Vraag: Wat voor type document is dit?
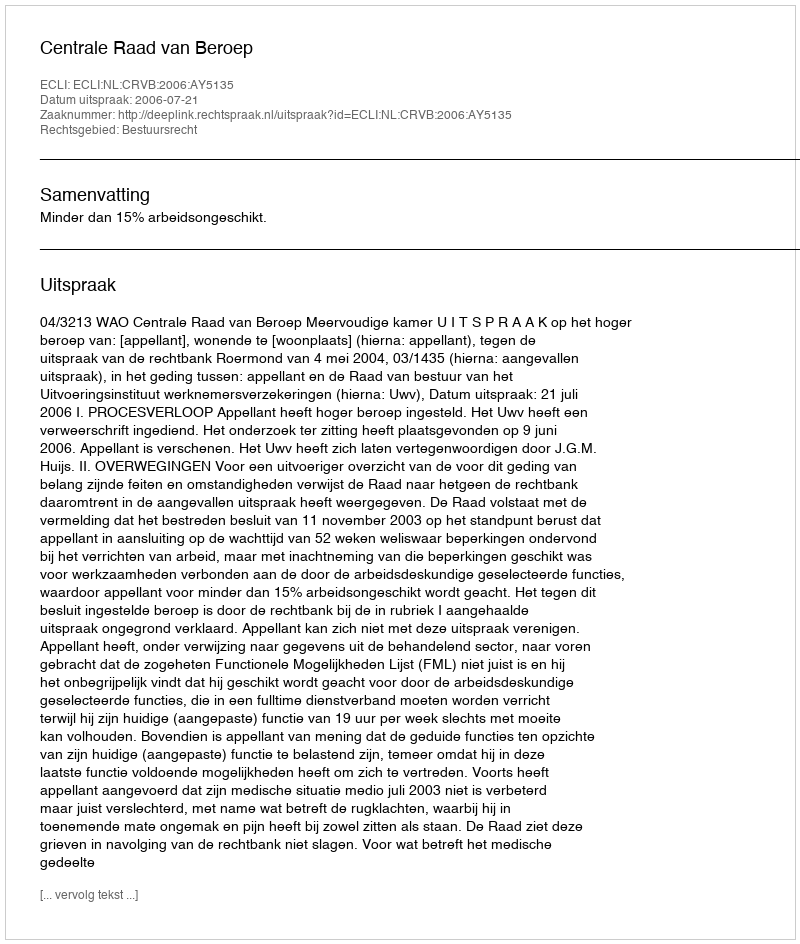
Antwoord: Uitspraak